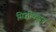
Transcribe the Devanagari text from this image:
सिद्धीकडून